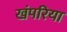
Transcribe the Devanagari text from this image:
खंपरिया